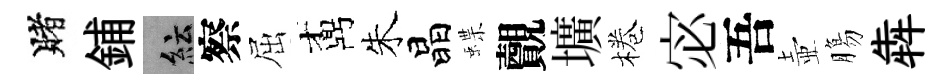
賭鋪紜察屈鼒朱晶蝶覿壙棬宓吾壺膓犇